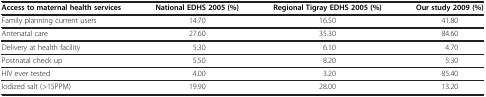
<table><thead><tr><td><b>Access to maternal health services</b></td><td><b>National EDHS 2005 (%)</b></td><td><b>Regional Tigray EDHS 2005 (%)</b></td><td><b>Our study 2009 (%)</b></td></tr></thead><tbody><tr><td>Family planning current users</td><td>14.70</td><td>16.50</td><td>41.80</td></tr><tr><td>Antenatal care</td><td>27.60</td><td>35.30</td><td>84.60</td></tr><tr><td>Delivery at health facility</td><td>5.30</td><td>6.10</td><td>4.70</td></tr><tr><td>Postnatal check up</td><td>5.50</td><td>8.20</td><td>5.30</td></tr><tr><td>HIV ever tested</td><td>4.00</td><td>3.20</td><td>85.40</td></tr><tr><td>Iodized salt (&gt;15PPM)</td><td>19.90</td><td>28.00</td><td>13.20</td></tr></tbody></table>